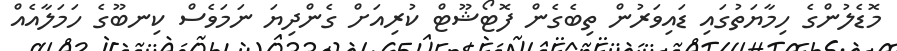
މޮޑެލުންގެ ހިމާޔަތުގައި ޑައިވަރުން ތިބެގެން ފޮޓޯޝޫޓް ކުރިއަށް ގެންދިޔަ ނަމަވެސް ކިނބޫގެ ހަމަލާއެއް